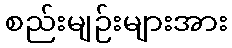
စည်းမျဉ်းများအား